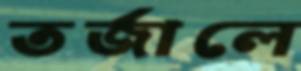
তর্জালে